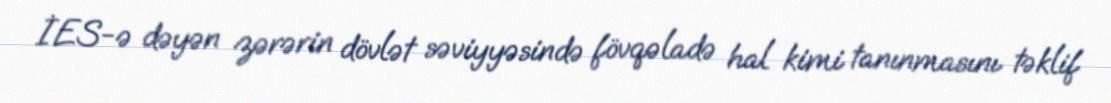
İES-ə dəyən zərərin dövlət səviyyəsində fövqəladə hal kimi tanınmasını təklif